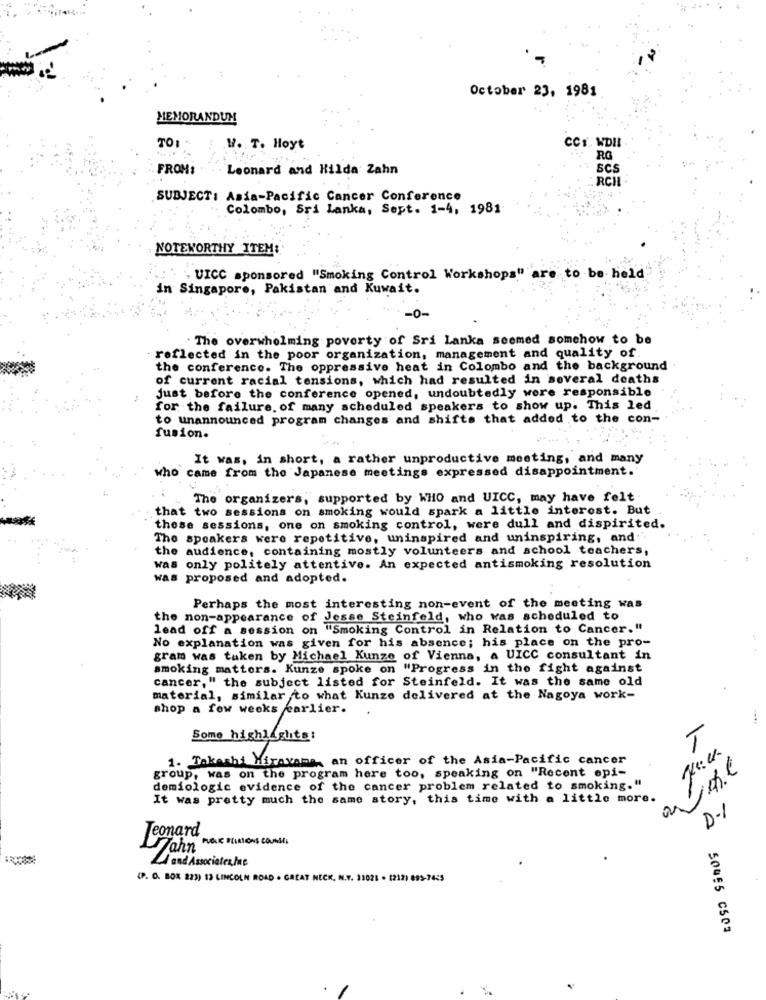
October 23, 1981
MEMORANDUM
CCS. WDIL
TO:
.W. T. Hoyt
RG
FROM:
Leonard and Hilda Zahn
scs
RCH
SUBJECT: Asia-Pacific Cancer Conference
Colombo, Sri Lanka, Sept. 1-4, 1981
NOTEWORTHY ITEM:
UICC sponsored "Smoking Control Workshops" are to be held
in Singapore, Pakistan and Kuwait.
-0-
The overwhelming poverty of Sri Lanka seemed somehow to be
reflected in the poor organization, management and quality of.
the conference. The oppressive heat in Colombo and the background
of current racial tensions, which had resulted in several deaths
just before the conference opened, undoubtedly were responsible
for the failure. of many scheduled speakers to show up. This led
to unannounced program changes and shifts that added to the con-
fusion.
It was, in short, a rather unproductive meeting, and many
who came from the Japanese meetings expressed disappointment.
The organizers, supported by WHO and UICC, may have felt
that two sessions on smoking would spark a little interest. But
these sessions, one on smoking control, were dull and dispirited.
The speakers were repetitive, uninspired and uninspiring, and".
the audience, containing mostly volunteers and school teachers,
was only politely attentive. An expected antismoking resolution
was proposed and adopted.
Perhaps the most interesting non-event of the meeting was
the non-appearance of Jesse Steinfeld, who was scheduled to
lead off a session on "Smoking Control in Relation to Cancer."
No explanation was given for his absence; his place on the pro-
gram was taken by Michael Kunze of Vienna, a UICC consultant in
smoking matters. Kunze spoke on "Progress in the fight against
cancer," the subject listed for Steinfeld. It was the same old
material, similar to what Kunze delivered at the Nagoya work-
shop a few weeks carlier.
Some highlights:
T
1. Takashi Mirayama, an officer of the Asia-Pacific cancer
group, was on the program here too, speaking on "Recent epi-
1
demiologic evidence of the cancer problem related to smoking."
It was pretty much the same story, this time with a little more.
D-1
Jeonard
4 and Associates ine
(P. O. BOX 223) 13 LINCOLN ROAD . GREAT NECK, N.Y. 11021 . (212) 895-7425
50455 C503